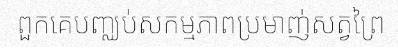
ពួកគេបញ្ឈប់សកម្មភាពប្រមាញ់សត្វព្រៃ